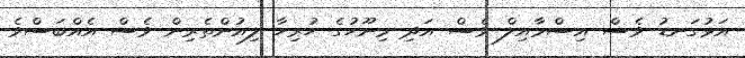
އަޅުގަނޑު ވެސް އިސްމާއިލް ވެސް އަދި މިނޫހުގެ ހުރިހާ ލިއުންތެރިން ވެސް އެއްބަސްވެ